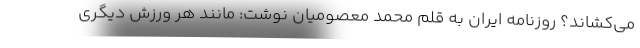
می‌کشاند؟ روزنامه ایران به قلم محمد معصومیان نوشت: مانند هر ورزش دیگری